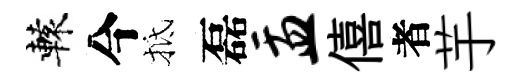
轅今抵磊盂僖者芋